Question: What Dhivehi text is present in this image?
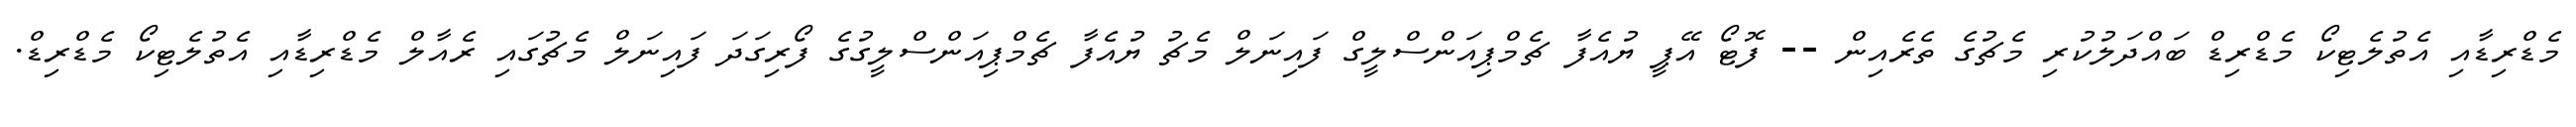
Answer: މެޑްރިޑާއި އެތުލެޓިކޯ މެޑްރިޑް ބައްދަލުކުރި މެޗުގެ ތެރެއިން -- ފޮޓޯ އޭޕީ ޔުއެފާ ޗެމްޕިއަންސްލީގް ފައިނަލް މެޗު ޔުއެފާ ޗެމްޕިއަންސްލީގުގެ ފޯރިގަދަ ފައިނަލް މެޗުގައި ރެއާލް މެޑްރިޑާއި އެތުލެޓިކޯ މެޑްރިޑް.